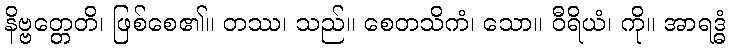
နိဗ္ဗတ္တေတိ၊ ဖြစ်စေ၏။ တဿ၊ သည်။ စေတသိကံ၊ သော။ ဝီရိယံ၊ ကို။ အာရဒ္ဓံ